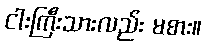
ငါးကြီးသားလည်း မစား။